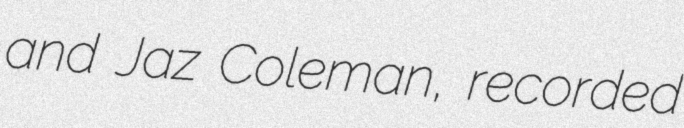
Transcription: and Jaz Coleman, recorded